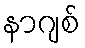
နာဂျစ်